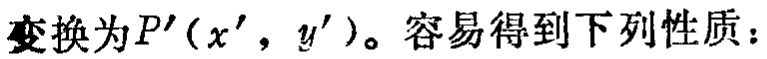
变换为$P'(x',y')$。容易得到下列性质：